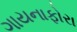
ગાયનાફોરા